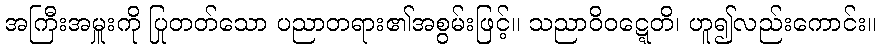
အကြီးအမှူးကို ပြုတတ်သော ပညာတရား၏အစွမ်းဖြင့်။ သညာဝိဝဋ္ဋေတိ၊ ဟူ၍လည်းကောင်း။